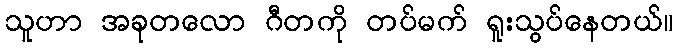
သူဟာ အခုတလော ဂီတကို တပ်မက် ရူးသွပ်နေတယ်။